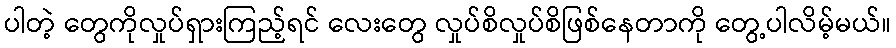
ပါတဲ့ တွေကိုလှုပ်ရှားကြည့်ရင် လေးတွေ လှုပ်စိလှုပ်စိဖြစ်နေတာကို တွေ့ပါလိမ့်မယ်။